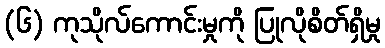
(၆) ကုသိုလ်ကောင်းမှုကို ပြုလိုစိတ်ရှိမှု